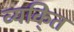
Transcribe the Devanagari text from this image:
व्यकि्‌त